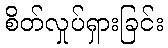
စိတ်လှုပ်ရှားခြင်း